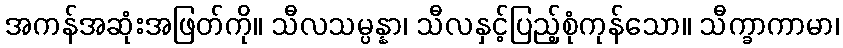
အကန်အဆုံးအဖြတ်ကို။ သီလသမ္ပန္နာ၊ သီလနှင့်ပြည့်စုံကုန်သော။ သီက္ခာကာမာ၊